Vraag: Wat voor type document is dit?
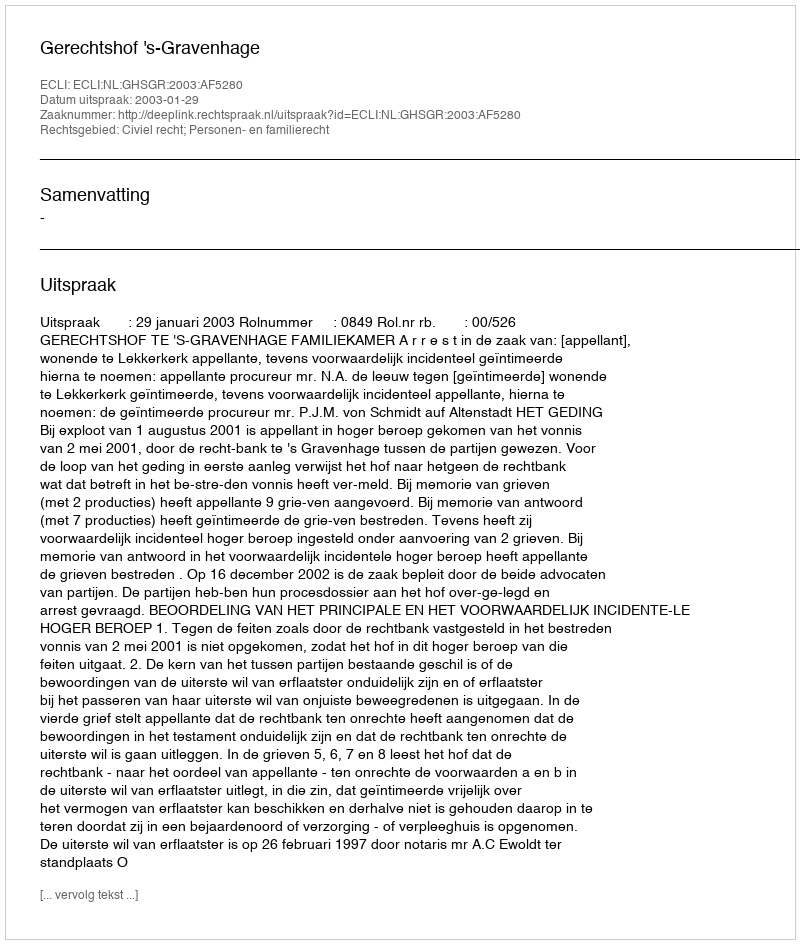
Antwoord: Uitspraak